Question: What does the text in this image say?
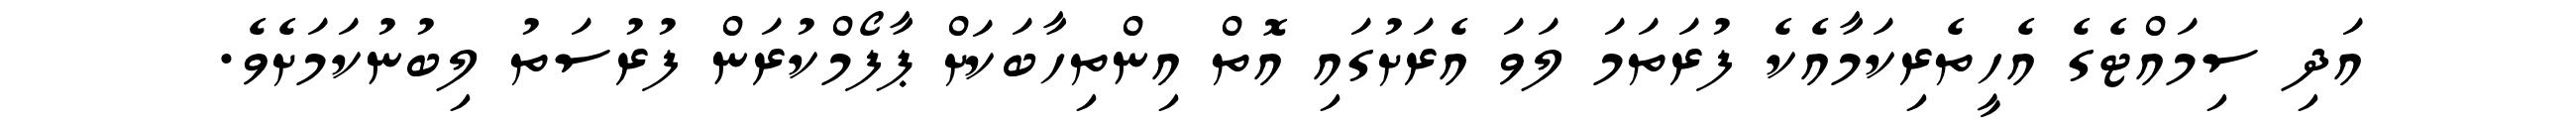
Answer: އަދި ސިމައްޓެގެ އެހީތެރިކަމާއެކެ ފުރަތަމަ ލަވަ އެރަށުގައި އޮތް އިންތިހާބަކަށް ޕާފޯމްކުރަން ފުރުސަތު ލިބުނުކަމަށެވެ.